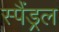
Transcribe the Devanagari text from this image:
स्पैंड्रल